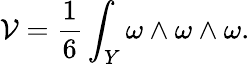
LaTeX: {\cal V}=\frac{1}{6}\int_{Y}\omega\wedge\omega\wedge\omega.